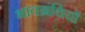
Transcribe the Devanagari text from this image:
भावग्रंथियों